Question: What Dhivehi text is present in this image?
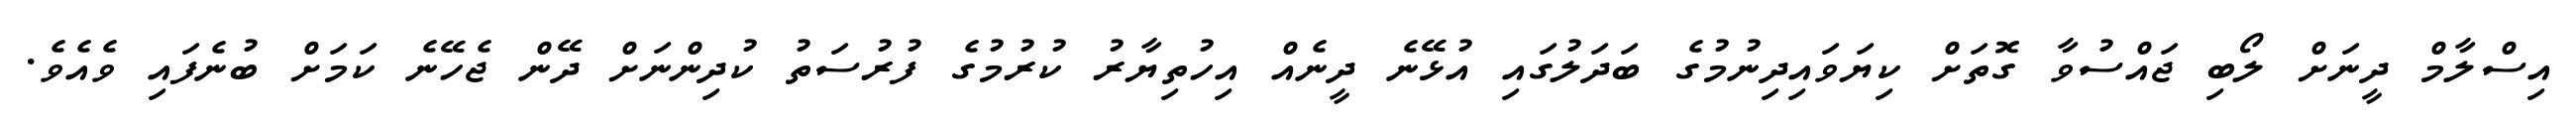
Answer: އިސްލާމް ދީނަށް ލޯބި ޖައްސުވާ ގޮތަށް ކިޔަވައިދިނުމުގެ ބަދަލުގައި އުޅޭނެ ދީނެއް އިހުތިޔާރު ކުރުމުގެ ފުރުސަތު ކުދިންނަށް ދޭން ޖެހޭނެ ކަމަށް ބުނެފައި ވެއެވެ.